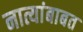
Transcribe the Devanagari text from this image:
नात्यांबाबत